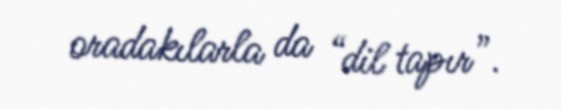
oradakılarla da “dil tapır”.